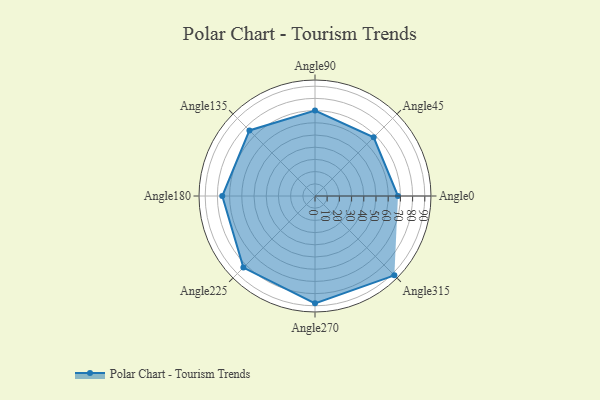
{"axis": {"x": "Angle", "y": "Radius"}, "legend": [""], "data": [{"x": "Angle0", "y": 68.0, "type": ""}, {"x": "Angle45", "y": 68.0, "type": ""}, {"x": "Angle90", "y": 70.0, "type": ""}, {"x": "Angle135", "y": 76.0, "type": ""}, {"x": "Angle180", "y": 76.0, "type": ""}, {"x": "Angle225", "y": 83.0, "type": ""}, {"x": "Angle270", "y": 88.0, "type": ""}, {"x": "Angle315", "y": 92.0, "type": ""}]}